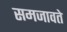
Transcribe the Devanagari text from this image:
समजावते